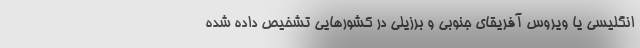
انگلیسی یا ویروس آفریقای جنوبی و برزیلی در کشورهایی تشخیص داده شده